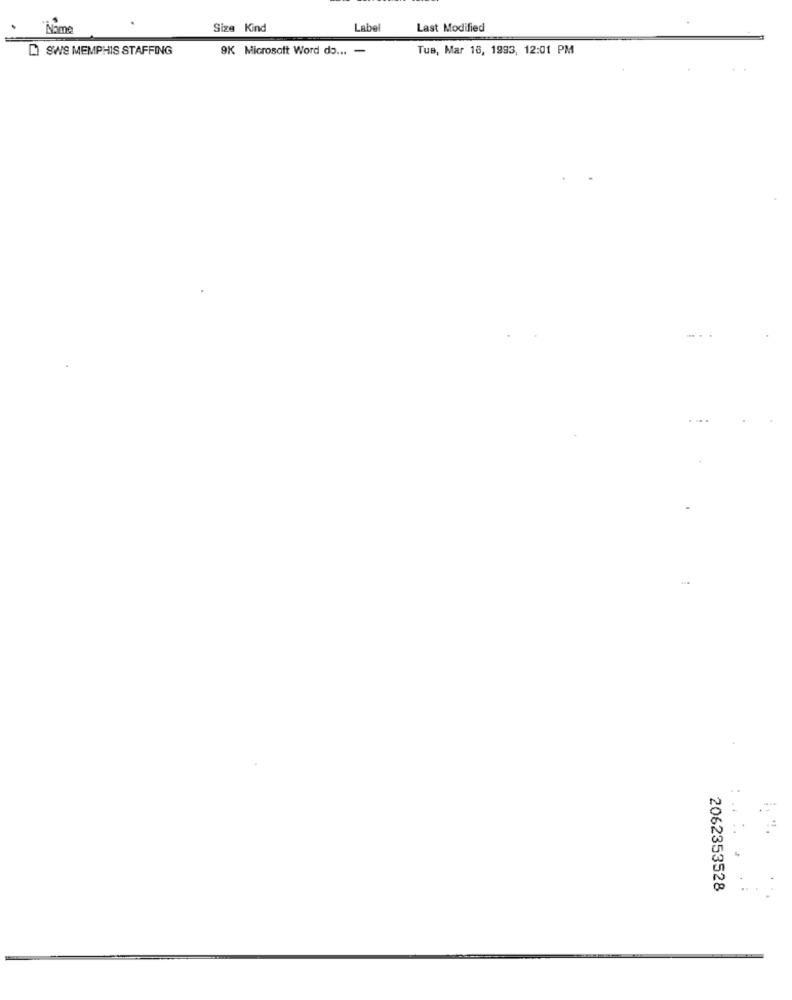
"Name
Size Kind
Label
Last Modified
D SWS MEMPHIS STAFFING
9K Microsoft Word do ... -
Tus, Mar 16, 1993, 12:01 PM
2062353528